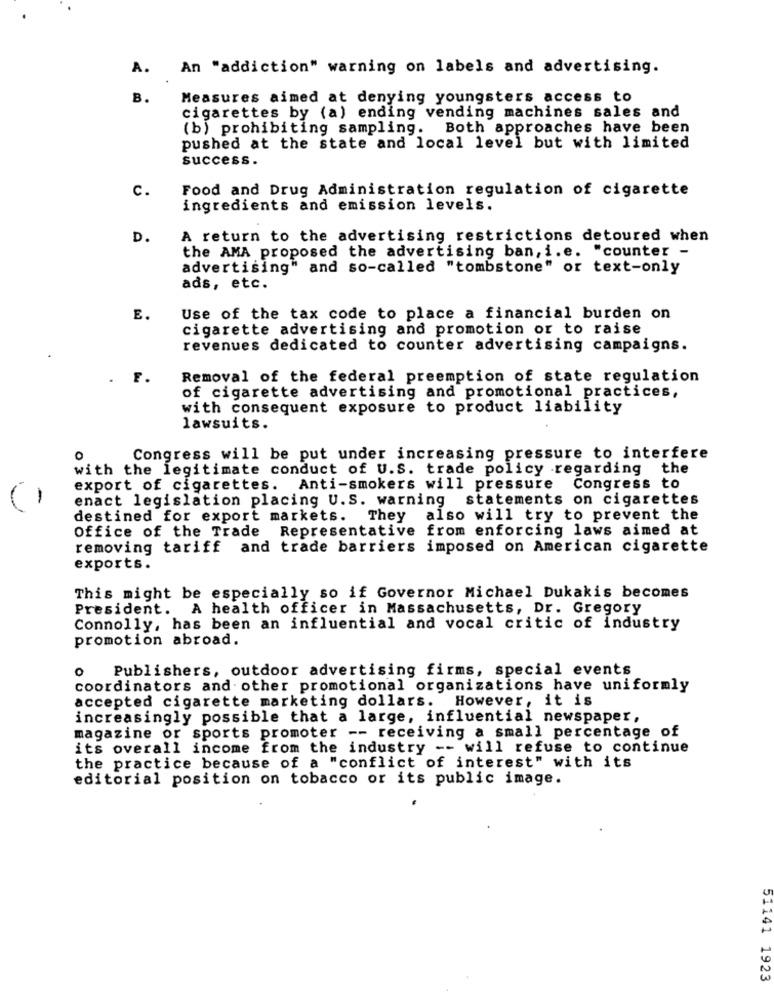
A.
An "addiction" warning on labels and advertising.
B.
Measures aimed at denying youngsters access to
cigarettes by (a) ending vending machines sales and
(b) prohibiting sampling. Both approaches have been
pushed at the state and local level but with limited
success.
c.
Food and Drug Administration regulation of cigarette
ingredients and emission levels.
D.
A return to the advertising restrictions detoured when
the AMA proposed the advertising ban, i.e. "counter -
advertising" and so-called "tombstone" or text-only
ads, etc.
E.
Use of the tax code to place a financial burden on
cigarette advertising and promotion or to raise
revenues dedicated to counter advertising campaigns.
F.
Removal of the federal preemption of state regulation
of cigarette advertising and promotional practices,
with consequent exposure to product liability
lawsuits.
O
Congress will be put under increasing pressure to interfere
with the legitimate conduct of U.S. trade policy regarding the
export of cigarettes. Anti-smokers will pressure Congress to
enact legislation placing U.S. warning statements on cigarettes
destined for export markets. They
also will try to prevent the
Office of the Trade
Representative from enforcing laws aimed at
removing tariff and trade barriers imposed on American cigarette
exports.
This might be especially so if Governor Michael Dukakis becomes
President. A health officer in Massachusetts, Dr. Gregory
Connolly, has been an influential and vocal critic of industry
promotion abroad.
Publishers, outdoor advertising firms, special events
coordinators and other promotional organizations have uniformly
accepted cigarette marketing dollars. However, it is
increasingly possible that a large, influential newspaper,
magazine or sports promoter -- receiving a small percentage of
its overall income from the industry -- will refuse to continue
the practice because of a "conflict of interest" with its
editorial position on tobacco or its public image.
51141 1923